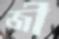
জী